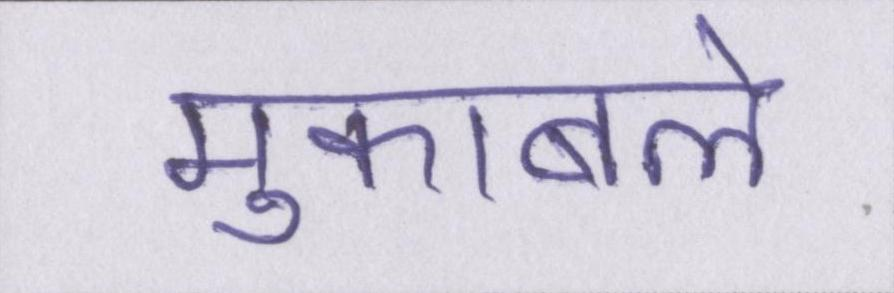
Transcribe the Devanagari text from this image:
मुकाबले